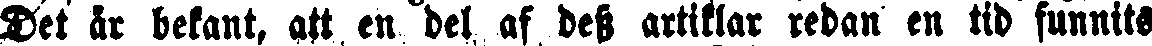
Det är bekant, att en del af dess artiklar redan en tid funnits